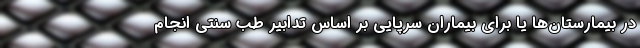
در بیمارستان‌ها یا برای بیماران سرپایی بر اساس تدابیر طب سنتی انجام